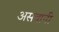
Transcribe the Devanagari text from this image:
असवानी